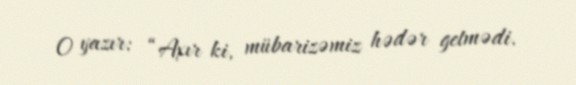
O yazır: “Axır ki, mübarizəmiz hədər getmədi.